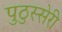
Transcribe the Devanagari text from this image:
पुठुस्सेरी